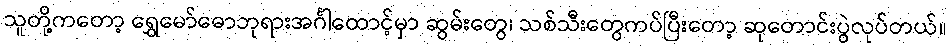
သူတို့ကတော့ ရွှေမော်ဓောဘုရားအင်္ဂါထောင့်မှာ ဆွမ်းတွေ၊ သစ်သီးတွေကပ်ပြီးတော့ ဆုတောင်းပွဲလုပ်တယ်။